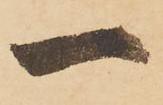
一